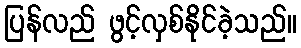
ပြန်လည် ဖွင့်လှစ်နိုင်ခဲ့သည်။